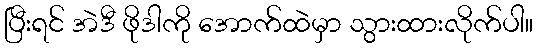
ပြီးရင် အဲဒီ ဖိုဒါကို အောက်ထဲမှာ သွားထားလိုက်ပါ။